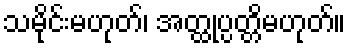
သမိုင်းမဟုတ်၊ အတ္ထုပ္ပတ္တိမဟုတ်။